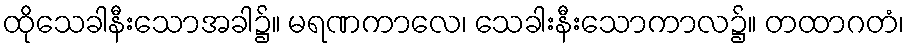
ထိုသေခါနီးသောအခါ၌။ မရဏကာလေ၊ သေခါးနီးသောကာလ၌။ တထာဂတံ၊